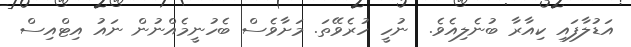
އަޑުލާފައި ކިއާރާ ބުނެލިއެވެ.  ނުހީ ހުރެވޭތަ. މަށާވެސް ބެހުނީމެއްނުން ނައު އިޓްއިސް